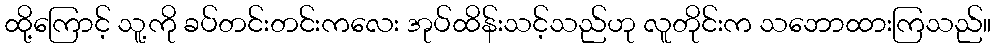
ထို့ကြောင့် သူ့ကို ခပ်တင်းတင်းကလေး အုပ်ထိန်းသင့်သည်ဟု လူတိုင်းက သဘောထားကြသည်။